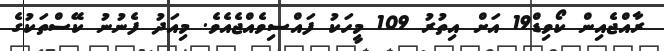
ރާއްޖެއިން ކޯވިޑް19 އަށް އިތުރު 109 މީހަކު ފައްސިވެއްޖެއެވެ. މިއަދު ފެނުނު ކޭސްތަކުގެ